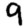
Digit: 9